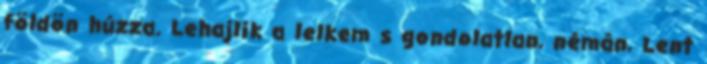
földön húzza. Lehajlik a lelkem s gondolatlan, némán, Lent